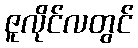
ဇူလိုင်လတွင်